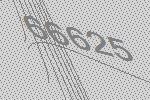
66625